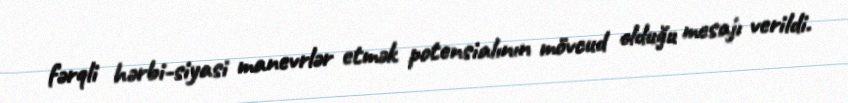
fərqli hərbi-siyasi manevrlər etmək potensialının mövcud olduğu mesajı verildi.